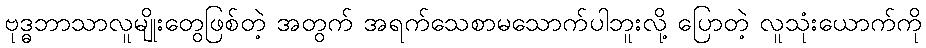
ဗုဒ္ဓဘာသာလူမျိုးတွေဖြစ်တဲ့ အတွက် အရက်သေစာမသောက်ပါဘူးလို့ ပြောတဲ့ လူသုံးယောက်ကို